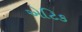
એટિક